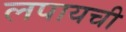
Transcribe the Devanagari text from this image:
लपायची